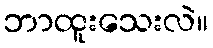
ဘာထူးသေးလဲ။